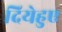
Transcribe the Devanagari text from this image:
दियेहुए